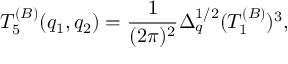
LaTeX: T _ { 5 } ^ { ( B ) } ( q _ { 1 } , q _ { 2 } ) = { \frac { 1 } { ( 2 \pi ) ^ { 2 } } } \Delta _ { q } ^ { 1 / 2 } ( T _ { 1 } ^ { ( B ) } ) ^ { 3 } ,